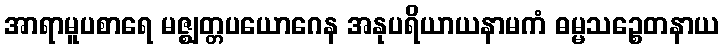
အာရာမူပစာရေ မဇ္ဈတ္တပယောဂေန အနုပရိယာယနာမကံ ဓမ္မသဉ္စေတနာယ